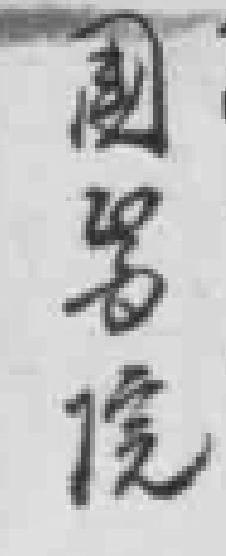
國*院